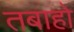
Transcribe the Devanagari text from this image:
तबाहो